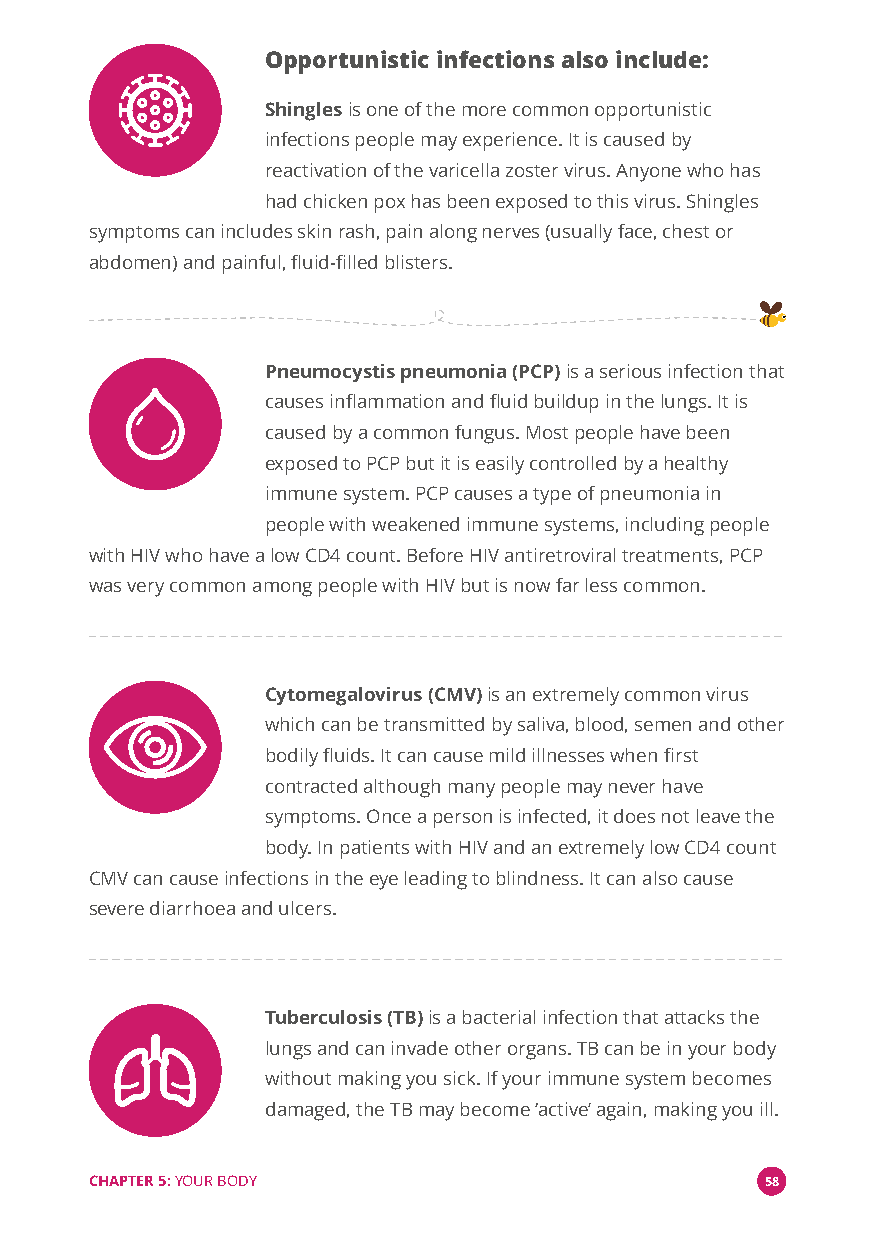
Opportunistic infections also include:
 Shinglesis one of the more common opportunistic
 infections people may experience. It is caused by
 reactivation of the varicella zoster virus. Anyone who has
 had chicken pox has been exposed to this virus. Shingles
 symptoms can includes skin rash, pain along nerves (usually face, chest or
 abdomen) and painful, fluid-filled blisters.
 Pneumocystis pneumonia (PCP)is a serious infection that
 causes inflammation and fluid buildup in the lungs. It is
 caused by a common fungus. Most people have been
 exposed to PCP but it is easily controlled by a healthy
 immune system. PCP causes a type of pneumonia in
 people with weakened immune systems, including people
 with HIV who have a low CD4 count. Before HIV antiretroviral treatments, PCP
 was very common among people with HIV but is now far less common.
 Cytomegalovirus (CMV)is an extremely common virus
 which can be transmitted by saliva, blood, semen and other
 bodily fluids. It can cause mild illnesses when first
 contracted although many people may never have
 symptoms. Once a person is infected, it does not leave the
 body. In patients with HIV and an extremely low CD4 count
 CMV can cause infections in the eye leading to blindness. It can also cause
 severe diarrhoea and ulcers.
 Tuberculosis (TB)is a bacterial infection that attacks the
 lungs and can invade other organs. TB can be in your body
 without making you sick. If your immune system becomes
 damaged, the TB may become‘active’again, making you ill.
 CHAPTER 5:YOUR BODY                          58